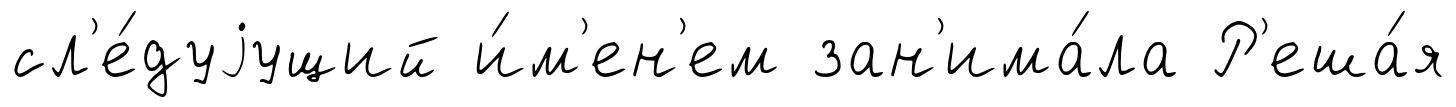
сл'е́дуjущий и́м'ен'ем зан'има́ла Р'еша́я